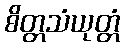
စိတ္တသံယုတ္တံ